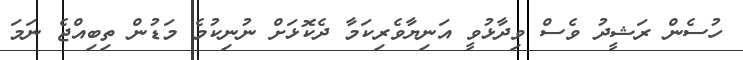
ހުސެން ރަޝީދު ވެސް ވިދާޅުވީ އަނިޔާވެރިކަމާ ދެކޮޅަށް ނުނިކުމެ މަޑުން ތިބިއްޖެ ނަމަ